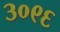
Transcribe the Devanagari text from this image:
३०९६